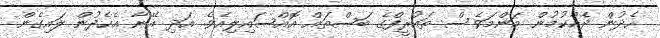
ހެދުން ދެއްކުމުން މަންމަވެސް ތައުރީފްގެ ބަސްތައް އޮއްސައިލިއެވެ. އަދި އޭނާ އެހެދުން ލައިގެން